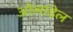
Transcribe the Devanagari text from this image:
ओलांडेल